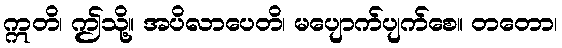
ဣတိ၊ ဤသို့။ အပိလာပေတိ၊ မပျောက်ပျက်စေ။ တတော၊